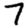
Digit: 7